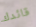
قائدك